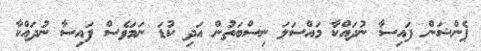
ޕެންޝަން ފައިސާ ނުދައްކާ މައްސަލަ ނިސްބަތުން އަދި ކުޑަ ނަމަވެސް ފައިސާ ނުދައްކާ